Lunatic asylums in Bengal annual reports 1899-1911 - 1899-1911
Year: 1899
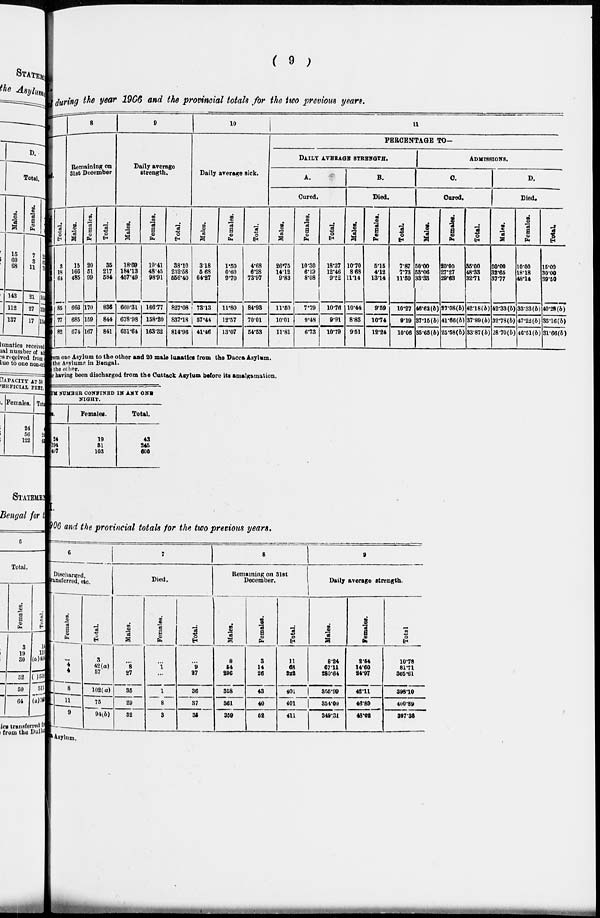
( 9 )
during the year 1906 and the provincial totals for the two previous years.
Total.
3
18
64
85
77
82
8
Remaining on
31st December
Males.
15
166
485
666
685
674
Females.
20
51
99
170
159
167
Total.
35
217
584
836
844
841
9
Daily average
strength.
Males.
18.69
184.13
457.49
660.31
678.98
651.64
Females.
19.41
48.45
98.91
166.77
158.20
163.32
Total.
38.10
232.58
556.40
827.08
837.18
814.96
10
Daily average sick.
Males.
3.18
5.68
64.27
73.13
57.44
41.46
Females.
1.50
0.60
9.70
11.80
12.57
13.07
Total.
4.68
6.28
73.97
84.93
70.01
54.53
11
PERCENTAGE TO—
DAILY AVERAGE STRENGTH.
A.
Cured.
Males.
26.75
14.12
9.83
11.50
10.01
11.81
Females.
10.30
6.19
8.08
7.79
9.48
6.73
Total
18.37
12.46
9.52
10.76
9.91
10.79
B.
Died.
Males.
10.70
8.68
11.14
10.44
8.83
9.51
Females.
5.15
4.12
13.14
9.59
10.74
12.24
Total.
7.87
7.73
11.50
10.27
9.19
10.06
ADMISSIONS.
C.
Cured.
Males.
50.00 53.06 33.33
46.62(b)
37.15(b)
35.65(b)
Females.
20.00
27.27
29.68
27.08(b)
41.66(b)
25.58(b)
Total.
35.00
48.33
32.71
42.18(b)
37.89(b)
33.87(b)
D.
Died.
Males.
20.00
32.65
37.77
42.33(b)
32.78(b)
28.70(b)
Females.
10.00
18.18
48.14
33.33(b)
47.22(b)
46.51(b)
Total.
15.00
30.00
39.50
40.28(b)
35.16(b)
31.66(b)
om one Asylum to the other and 20 male lunatics from the Dacca Asylum.
the Asylums in Bengal.
the other.
having been discharged from the Cuttack Asylum before its amalgamation.
UM NUMBER CONFINED IN ANY ONE
NIGHT.
Mal es.
24
194
497
Females.
19
51
103
Total.
43
245
600
906 and the provincial totals for the two precious years.
6
Discharged,
transferred, etc.
Females.
...
4
4
8
11
9
Total.
3
42(a)
57
102(a)
75
94(b)
7
Died.
Males.
...
8
27
35
29
32
Females.
...
1
...
1
8
3
Total.
...
9
27
36
37
35
8
Remaining on 31st
December.
Males.
8
54
296
358
361
359
Females.
3
14
26
43
40
52
Total.
11
68
322
401
401
411
9
Daily average strength.
Males.
8.24
67.11
280.64
355.99
354.00
349.31
Females.
2.54
14.60
24.97
42.11
46.89
48.02
Total
10.78
81.71
305.61
398.10
400.89
397.33
Asylum.